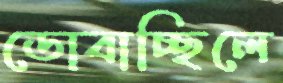
ডোবাচ্ছিলে